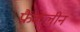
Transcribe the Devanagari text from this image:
फ्रैंकलीन